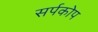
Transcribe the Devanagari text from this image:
सर्पकोप